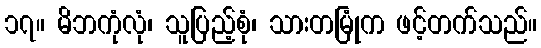
၁၇။ မိဘကုံလုံ၊ သူပြည့်စုံ၊ သားတမြုံက ဖင့်တက်သည်။